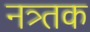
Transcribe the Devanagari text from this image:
नत्र्तक